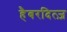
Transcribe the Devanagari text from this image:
हैबरदित्ज़